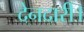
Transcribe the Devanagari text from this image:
देनदारी।